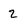
Character: Z